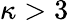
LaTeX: \kappa>3